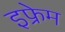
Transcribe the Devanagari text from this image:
इफ्रेम